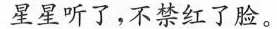
星星听了，不禁红了脸。